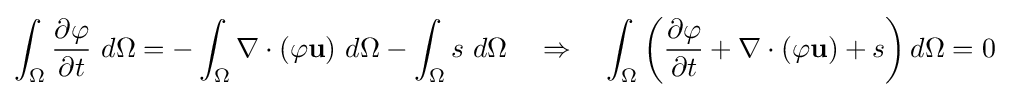
\int _{\Omega }{\frac {\partial \varphi }{\partial t}}\ d\Omega =-\int _{\Omega }\nabla \cdot (\varphi \mathbf {u} )\ d\Omega -\int _{\Omega }s\ d\Omega \quad \Rightarrow \quad \int _{\Omega }\left({\frac {\partial \varphi }{\partial t}}+\nabla \cdot (\varphi \mathbf {u} )+s\right)d\Omega =0